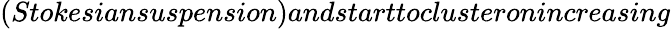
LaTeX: (Stokesiansuspension)andstarttoclusteronincreasing